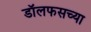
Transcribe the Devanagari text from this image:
डॉलफसच्या